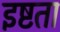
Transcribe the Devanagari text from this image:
इष्टता